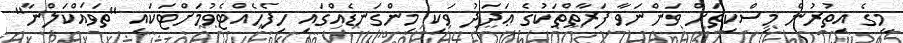
މީގެ އިތުރުން މިސްކިތަށް ވަންނަވާ ފަރާތްތަކުގެ ޢަދަދު ވަކި މިންގަނޑެއްގައި ހިފެހެއްޓެވުމަށްޓަކައި "ތަޥައްކަލްނާ"